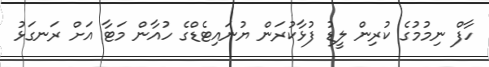
ހާފް ނިމުމުގެ ކުރިން ލީޑު ފުޅާކުރަން ޔުނައިޓެޑްގެ ހުއާން މަޓާ އަށް ރަނގަޅު